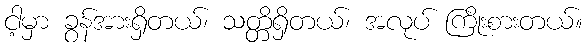
ငါ့မှာ ခွန်အားရှိတယ်၊ သတ္တိရှိတယ်၊ အလုပ် ကြိုးစားတယ်။